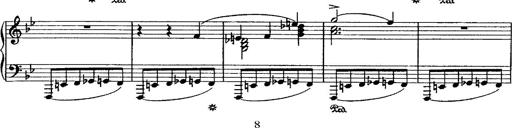
Title: Grande valse di bravura
Composer: Franz Liszt